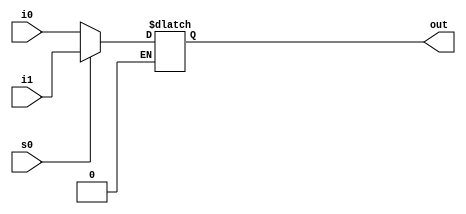
module Bit_2_to_1_Mux (out, i0, i1, s0);
	output [3:0] out;
	input [3:0] i0, i1;
	input s0;
	reg [3:0] tempout;
	
	always @(s0,i0,i1)
	begin	
	
	if (s0==1'b0)
		tempout = i0; 
	else if (s0==1'b1)
		tempout = i1;
	end	
	
	assign out=tempout;
	
endmodule

module Test_4_Bit_2_to_1_Mux;

	reg [3:0] IN0, IN1;
	reg S0;
	
	wire [3:0] OUTPUT;
		
	Bit_2_to_1_Mux mymux(OUTPUT, IN0, IN1,S0);
	
	initial
	begin
	
		IN0 = 4'b1001; IN1 = 4'b1000;
		#1 $display("IN0= %b, IN1= %b.\n",IN0,IN1);
		
		S0 = 0;
		#1 $display("S0 = %b, OUTPUT = %b \n", S0, OUTPUT);
	
		S0 = 1;
		#1 $display("S0 = %b, OUTPUT = %b \n",S0, OUTPUT);
	end
	
endmodule